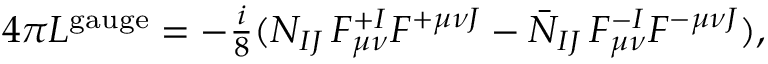
4 \pi { \cal L } ^ { \mathrm { g a u g e } } = - { \textstyle { \frac { i } { 8 } } } ( { \cal N } _ { I J } \, F _ { \mu \nu } ^ { + I } F ^ { + \mu \nu J } - \bar { \cal N } _ { I J } \, F _ { \mu \nu } ^ { - I } F ^ { - \mu \nu J } ) ,